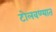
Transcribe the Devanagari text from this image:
टोलवण्यात